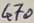
Text: 470